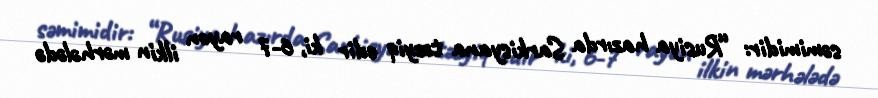
səmimidir: “Rusiya hazırda Sarkisyana təzyiq edir ki, 6-7 rayon ilkin mərhələdə